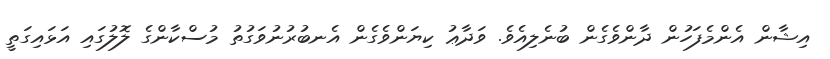
އިޝާން އެންމެފަހުން ދާންވެގެން ބުނެލިއެވެ. ވަދާޢު ކިޔަންވެގެން އެނބުރުނުވަގުތު މުސްކާންގެ ލޮލުގައި އަޅައިގަތީ